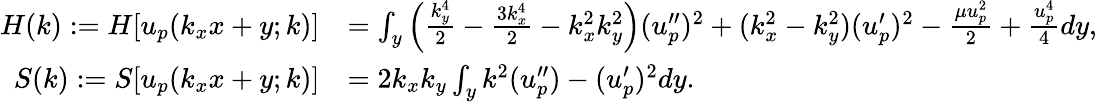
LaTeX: \begin{array}{rl}{H(k):=H[u_{p}(k_{x}x+y;k)]}&{=\int_{y}\left(\frac{k_{y}^{4}}{2}-\frac{3k_{x}^{4}}{2}-k_{x}^{2}k_{y}^{2}\right)(u_{p}^{\prime\prime})^{2}+(k_{x}^{2}-k_{y}^{2})(u_{p}^{\prime})^{2}-\frac{\mu u_{p}^{2}}{2}+\frac{u_{p}^{4}}{4}dy,}\\ {S(k):=S[u_{p}(k_{x}x+y;k)]}&{=2k_{x}k_{y}\int_{y}k^{2}(u_{p}^{\prime\prime})-(u_{p}^{\prime})^{2}dy.}\end{array}